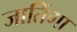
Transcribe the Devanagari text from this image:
जातिंगा